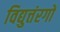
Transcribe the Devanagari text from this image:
विद्युत्तंरगों